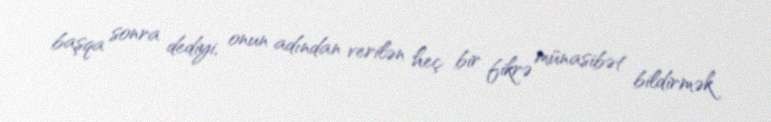
başqa sonra dediyi, onun adından verilən heç bir fikrə münasibət bildirmək